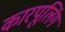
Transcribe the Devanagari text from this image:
कारपूलिंग